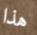
هذا